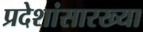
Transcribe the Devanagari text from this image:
प्रदेशांसारख्या